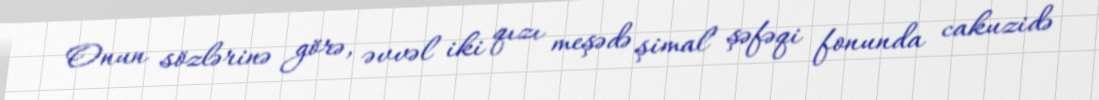
Onun sözlərinə görə, əvvəl iki qızı meşədə şimal şəfəqi fonunda cakuzidə